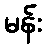
မန်း